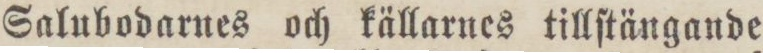
Salubodarnes och källarnes tillſtängande